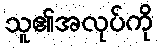
သူ၏အလုပ်ကို